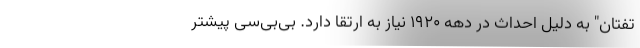
تفتان" به دلیل احداث در دهه 1920 نیاز به ارتقا دارد. بی‌بی‌سی پیشتر